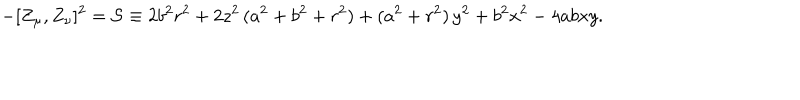
- [ Z _ { \mu } , Z _ { \nu } ] ^ { 2 } = { \cal S } \equiv 2 b ^ { 2 } r ^ { 2 } + 2 z ^ { 2 } \, ( a ^ { 2 } + b ^ { 2 } + r ^ { 2 } ) + ( a ^ { 2 } + r ^ { 2 } ) \, y ^ { 2 } + b ^ { 2 } x ^ { 2 } - 4 a b x y .